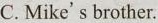
C. Mike's brother.